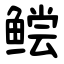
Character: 鲿